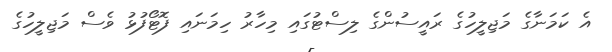
އެ ކަމަނާގެ މަޖިލީހުގެ ރައީސުންގެ ލިސްޓުގައި މިހާރު ހިމަނައި ފޮޓޯފުޅު ވެސް މަޖިލީހުގެ